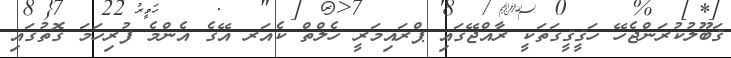
ޤަބޫލުކުރަންޖެހޭ ހަޤީޤީގަތަކީ ރާއްޖޭގައި ޕްރައިމަރީ ހެލްތް ކެއަރ އޭގެ އެންމެ ފުރިހަމަ ގޮތުގައި